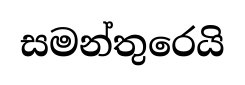
සමන්තුරෙයි